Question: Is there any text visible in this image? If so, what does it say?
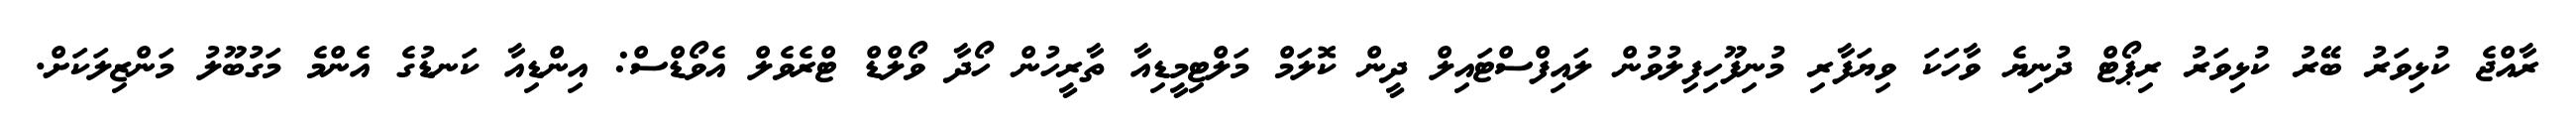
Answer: ރާއްޖެ ކުޅިވަރު ބޭރު ކުޅިވަރު ރިޕޯޓް ދުނިޔެ ވާހަކަ ވިޔަފާރި މުނިފޫހިފިލުވުން ލައިފްސްޓައިލް ދީން ކޮލަމް މަލްޓިމީޑިއާ ތާރީހުން ހޯދާ ވޯލްޑް ޓްރެވެލް އެވޯޑްސް: އިންޑިއާ ކަނޑުގެ އެންމެ މަގުބޫލު މަންޒިލަކަށް.